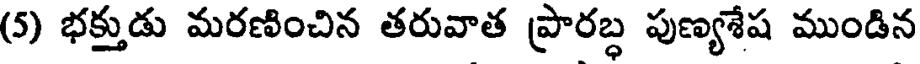
(5) భక్తుడు మరణించిన తరువాత ప్రారబ్ధ పుణ్యశేష ముండిన